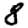
Digit: 8